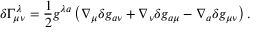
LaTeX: \delta \Gamma _ { \mu \nu } ^ { \lambda } = { \frac { 1 } { 2 } } g ^ { \lambda a } \left( \nabla _ { \mu } \delta g _ { a \nu } + \nabla _ { \nu } \delta g _ { a \mu } - \nabla _ { a } \delta g _ { \mu \nu } \right) .